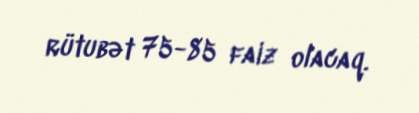
rütubət 75-85 faiz olacaq.